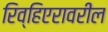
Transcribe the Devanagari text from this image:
रिव्हिएरावरील